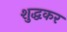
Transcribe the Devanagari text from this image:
शुद्धकर